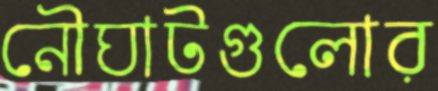
নৌঘাটগুলোর